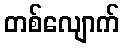
တစ်လျောက်